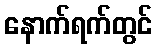
နောက်ရက်တွင်